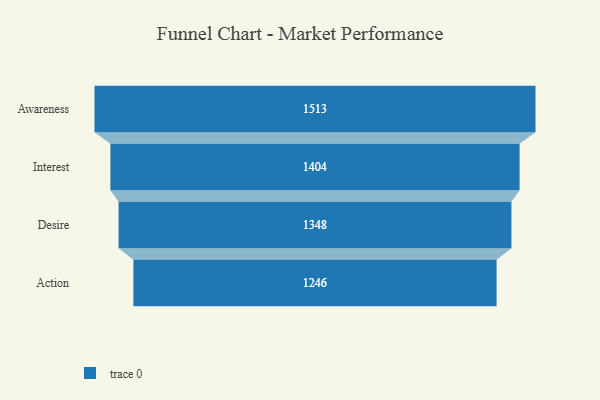
{"axis": {"x": "Stage", "y": "Value"}, "legend": [""], "data": [{"x": "Awareness", "y": 1513.0, "type": ""}, {"x": "Interest", "y": 1404.0, "type": ""}, {"x": "Desire", "y": 1348.0, "type": ""}, {"x": "Action", "y": 1246.0, "type": ""}]}